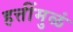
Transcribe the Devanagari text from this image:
हत्तींमुळं